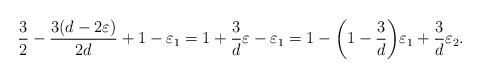
LaTeX: \begin{align*}{3\over 2}-{3(d-2\varepsilon)\over 2d}+1-\varepsilon_1=1+{3\over d}\varepsilon-\varepsilon_1=1-\bigg(1-{3\over d}\bigg)\varepsilon_1+{3\over d}\varepsilon_2.\end{align*}